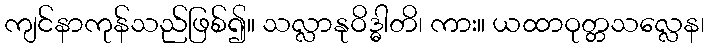
ကျင်နာကုန်သည်ဖြစ်၍။ သလ္လာနုဝိဒ္ဓါတိ၊ ကား။ ယထာဝုတ္တသလ္လေန၊